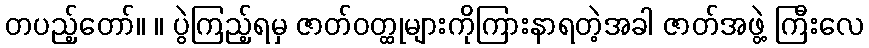
တပည့်တော်။ ။ ပွဲကြည့်ရမှ ဇာတ်ဝတ္ထုများကိုကြားနာရတဲ့အခါ ဇာတ်အဖွဲ့ ကြီးလေ